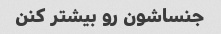
جنساشون رو بیشتر کنن